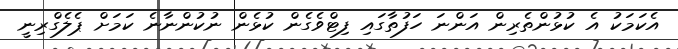
އެކަމަކު އެ ކުޅުންތެރިން އަންނަ ހަފުތާގައި ފިޓްވެގެން ކުޅެން ނުކުންނާނެ ކަމަށް ޕެލެގްރިނީ